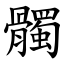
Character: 髑